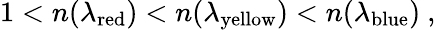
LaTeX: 1<n(\lambda_{\mathrm{{red}}})<n(\lambda_{\mathrm{{yellow}}})<n(\lambda_{\mathrm{{blue}}})\ ,